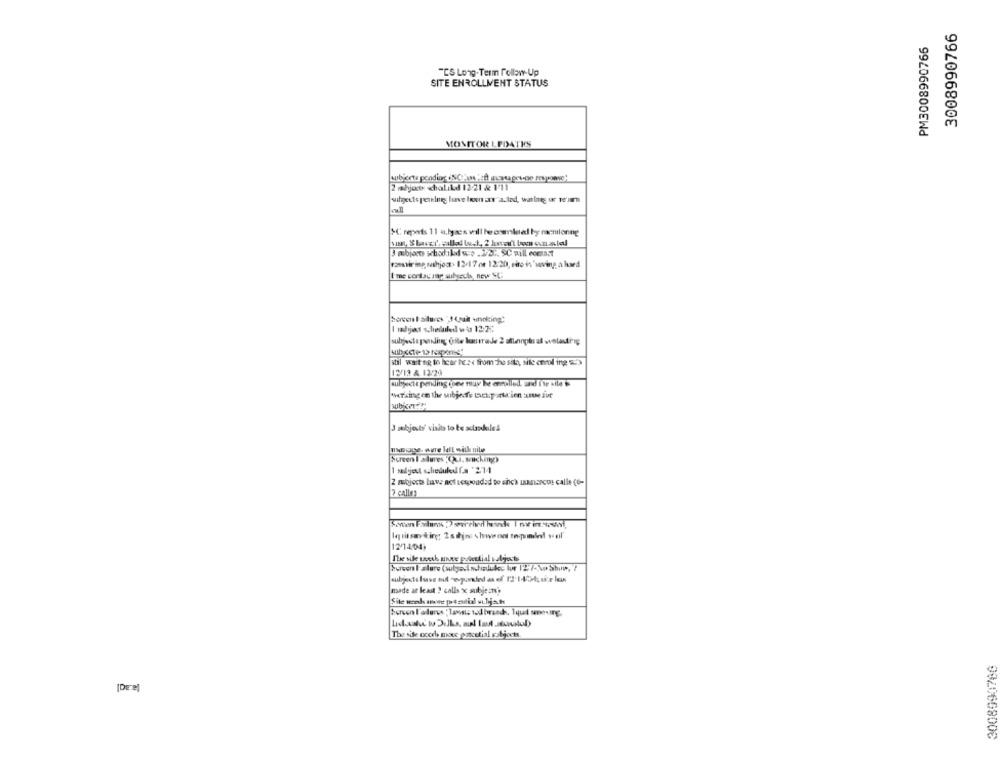
3008990766
PM3008990766
"CS Long-Term follow-Up
SITE ENROLLMENT STATUS
MONITOR LPDATES
2 mahject khalid 12/21 & 1'11
wall
MC reports 11 a.læs will lecamketel by camilonng
ramir ing sathjost- 12-17 oe 12:20, sito is'sving a hard
"me contou stap sulyseul, new NL
Gorcen lailures "14jait unoking"
I adyjas scheduled wia 12:25:
subjects pending Öfte lurade 2 stengt at wotasting
still waiting to hear De.se from The sila, sile corol ing 5.3
12/12 & 1224
subjects poding (one may be conalled, and I'tr site is
3 sekjoli' visits to be scandale!
Screen I stures :(i. sacking)
2 mobjects have not sespoudad to sich manarcus calle (6-
7 calle:
Iquitsatirg 2stjne chwend topodle! vonl'
127404
The sile weesh unge potential ssljests
made at least ? calls x subjects
bersen I äderes : lanets ted brands, qui smoving,
The site occrb mous poncetial subjects
3008990766
[Deel